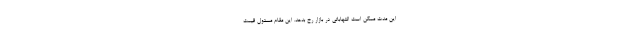
این مدت ممکن است التهاباتی در بازار رخ بدهد‌. این مقام مسئول قیمت